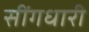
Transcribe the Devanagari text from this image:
सींगधारी